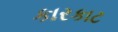
કારકાટ